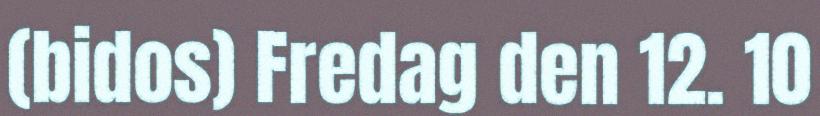
(bidos) Fredag den 12. 10